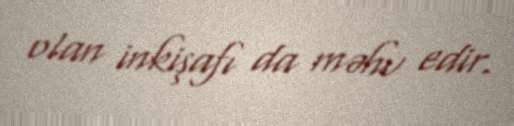
olan inkişafı da məhv edir.